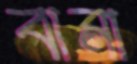
বানা